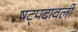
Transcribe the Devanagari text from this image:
षट्पदावली